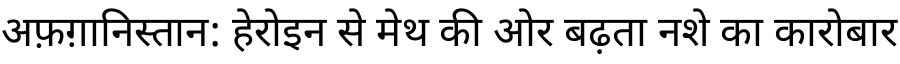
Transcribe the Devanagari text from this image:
अफ़ग़ानिस्तान: हेरोइन से मेथ की ओर बढ़ता नशे का कारोबार